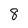
Character: 8